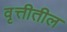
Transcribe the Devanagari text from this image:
वृत्तीतील